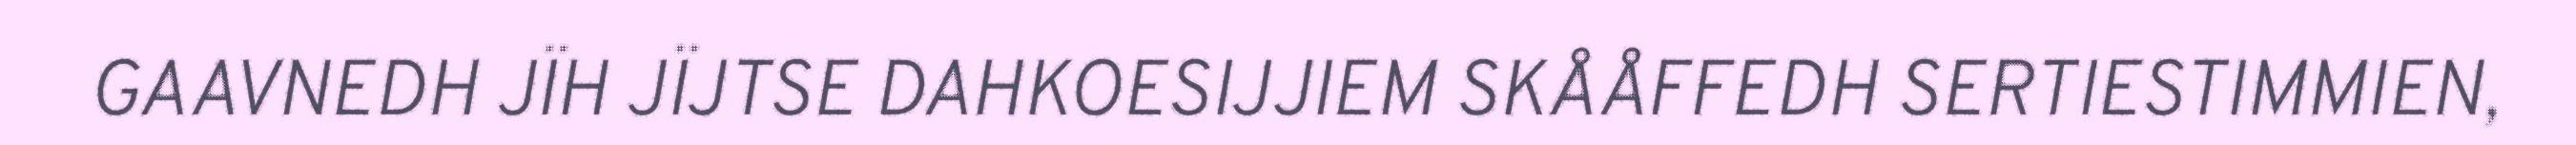
GAAVNEDH JÏH JÏJTSE DAHKOESIJJIEM SKÅÅFFEDH SERTIESTIMMIEN,